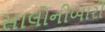
સાલોનીબારી